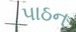
પાઠન